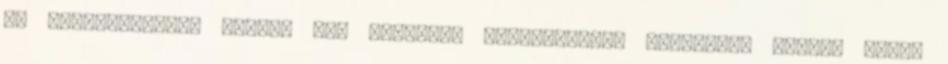
db Energiaspirál csomag Hír ajánlása ismerőseinek E-mailben Ajánló neve: